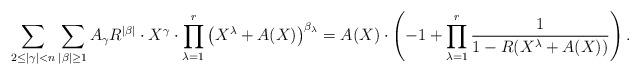
LaTeX: \begin{align*}\sum_{2\leq |\gamma|< n}\sum_{|\beta|\geq 1}A_\gamma R^{|\beta|}\cdot X^\gamma\cdot \prod_{\lambda=1}^r\left(X^\lambda+A(X)\right)^{\beta_\lambda}=A(X)\cdot\left(-1+\prod_{\lambda=1}^r\frac{1}{1-R(X^\lambda+A(X))}\right). \end{align*}